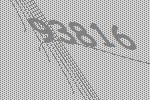
93816